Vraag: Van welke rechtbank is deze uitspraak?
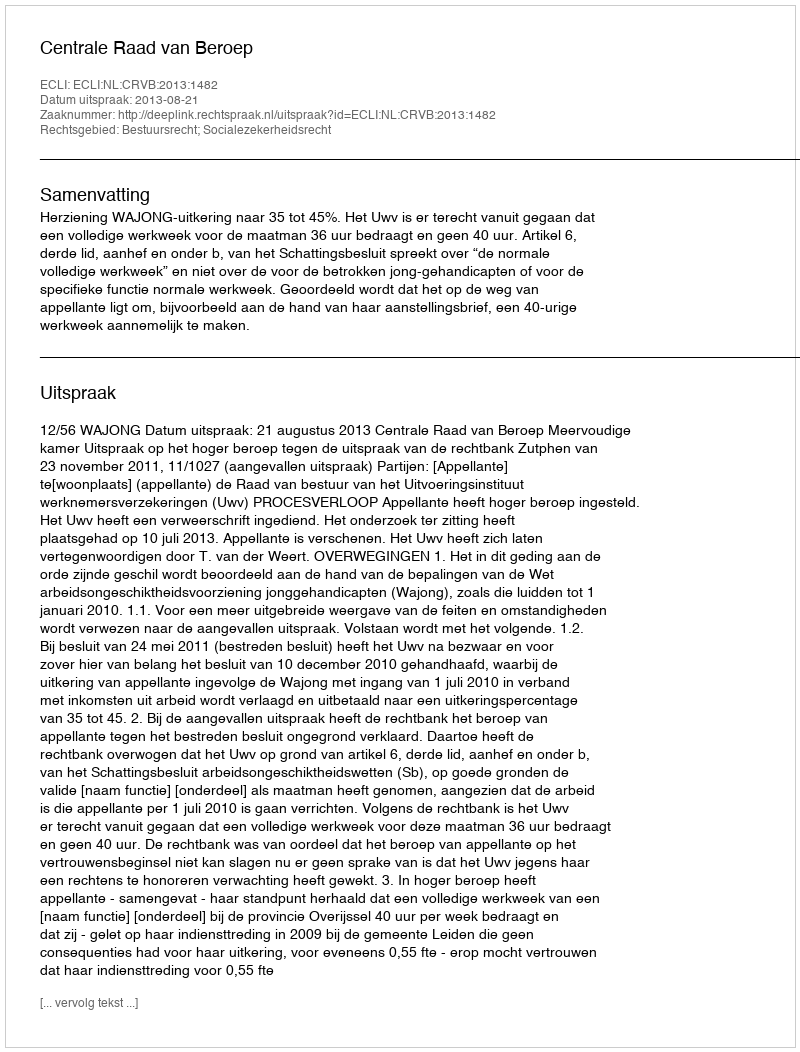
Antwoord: Centrale Raad van Beroep